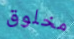
مخلوق